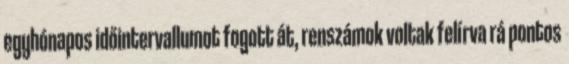
egyhónapos időintervallumot fogott át, renszámok voltak felírva rá pontos